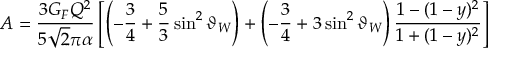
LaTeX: A = \frac { 3 G _ { F } Q ^ { 2 } } { 5 \sqrt 2 \pi \alpha } \left[ \left( - \frac { 3 } { 4 } + \frac { 5 } { 3 } \sin ^ { 2 } \vartheta _ { W } \right) + \left( - \frac { 3 } { 4 } + 3 \sin ^ { 2 } \vartheta _ { W } \right) \frac { 1 - ( 1 - y ) ^ { 2 } } { 1 + ( 1 - y ) ^ { 2 } } \right]